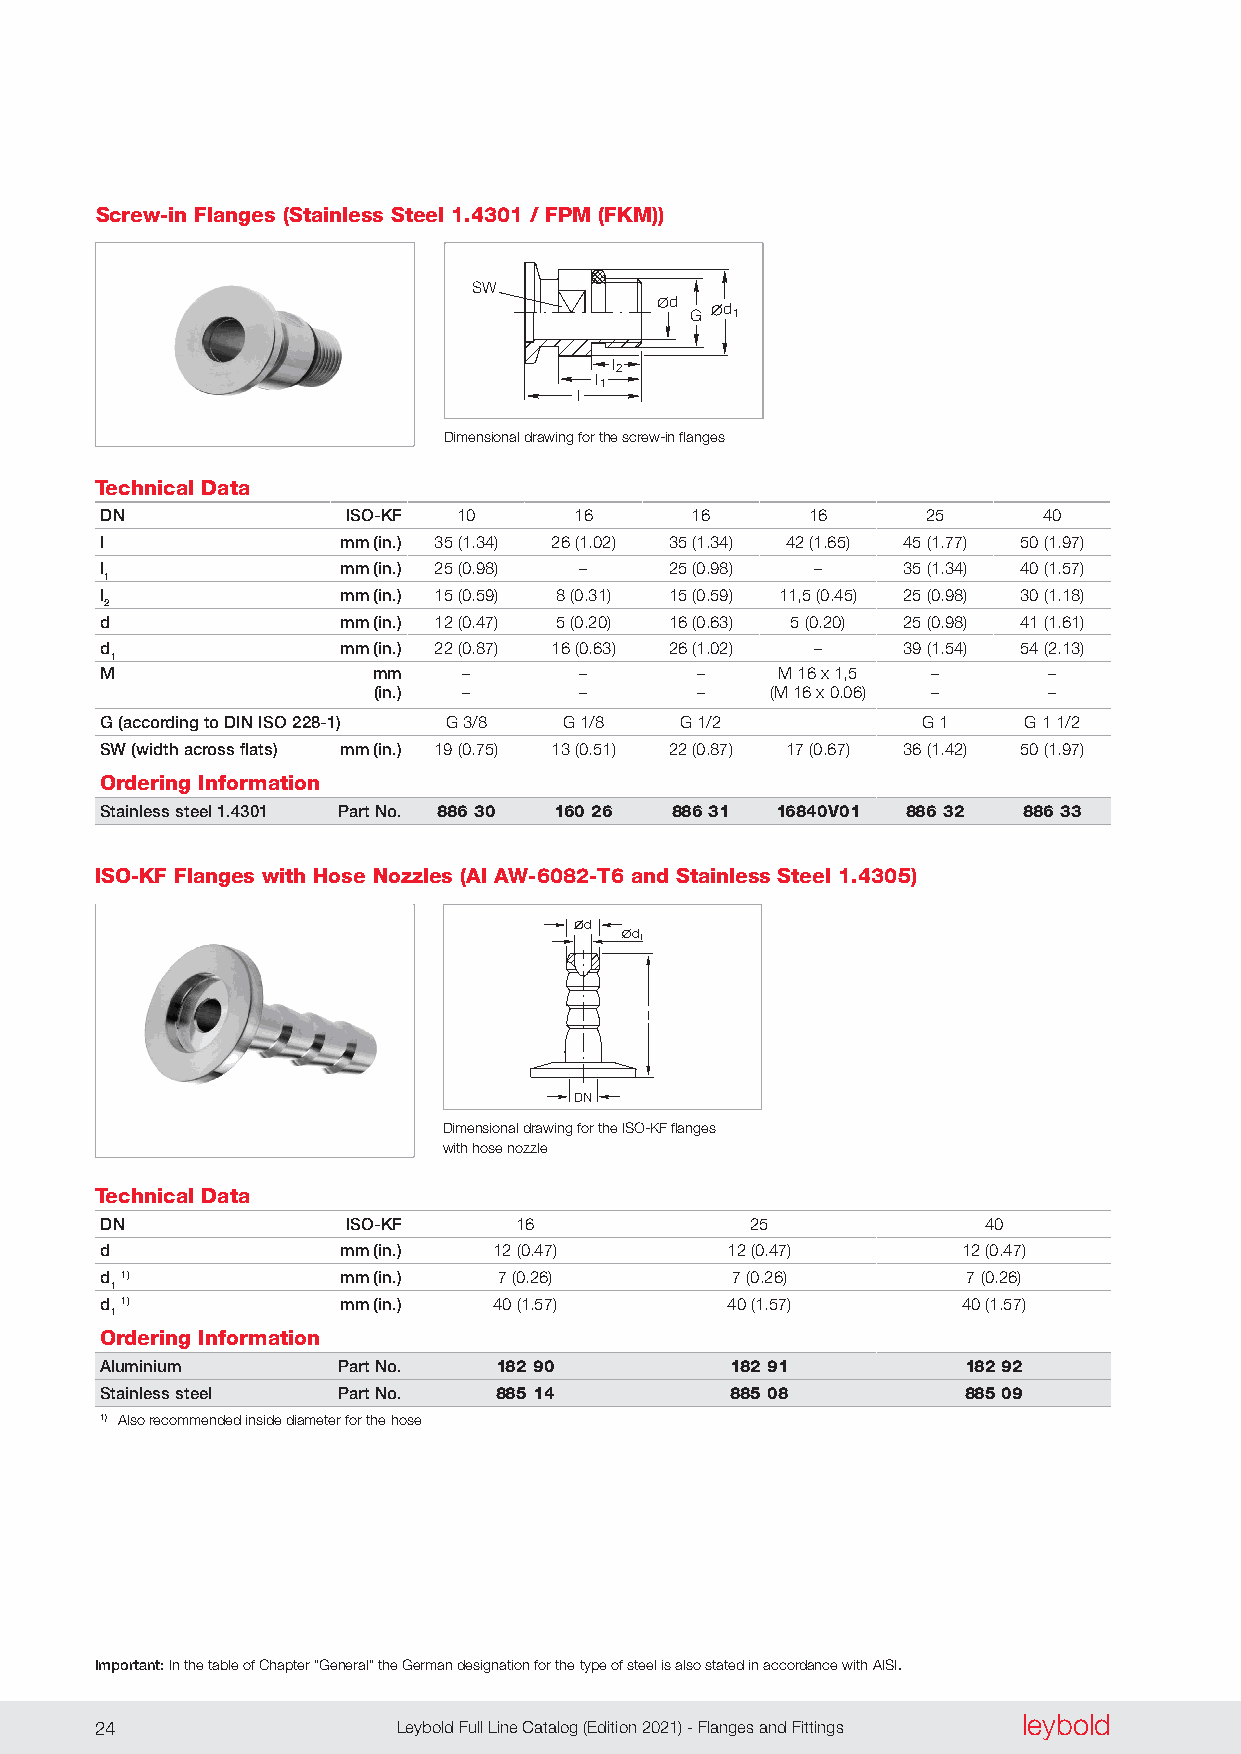
Screw-in Flanges (Stainless Steel 1.4301 / FPM (FKM))
 SW
 d
 G
 d1
 l2
 l1
 l
 Dimensional drawing for the screw-in flanges
 Technical Data
 DN              ISO-KF 10      16      16     16      25      40
 l               mm (in.) 35 (1 .34) 26 (1 .02) 35 (1 .34) 42 (1 .65) 45 (1 .77) 50 (1 .97)
 l               mm (in.) 25 (0 .98) – 25 (0 .98) –   35 (1 .34) 40 (1 .57)
 1
 l               mm (in.) 15 (0 .59) 8 (0 .31) 15 (0 .59) 11,5 (0 .45) 25 (0 .98) 30 (1 .18)
 2
 d               mm (in.) 12 (0 .47) 5 (0 .20) 16 (0 .63) 5 (0 .20) 25 (0 .98) 41 (1 .61)
 d               mm (in.) 22 (0 .87) 16 (0 .63) 26 (1 .02) – 39 (1 .54) 54 (2 .13)
 1
 M                 mm    –      –       –     M 16 x 1,5 –     –
 (in.) –      –       –    (M 16 x 0 .06) –  –
 G (according to DIN ISO 228-1) G 3/8 G 1/8 G 1/2      G 1    G 1 1/2
 SW (width across flats) mm (in.) 19 (0 .75) 13 (0 .51) 22 (0 .87) 17 (0 .67) 36 (1 .42) 50 (1 .97)
 Ordering Information
 Stainless steel 1.4301 Part No. 886 30 160 26 886 31 16840V01 886 32 886 33
 ISO-KF Flanges with Hose Nozzles (Al AW-6082-T6 and Stainless Steel 1.4305)
 d
 d1
 l
 DN
 Dimensional drawing for the ISO-KF flanges
 with hose nozzle
 Technical Data
 DN              ISO-KF     16              25             40
 d               mm (in.)  12 (0 .47)     12 (0 .47)      12 (0 .47)
 d 1)            mm (in.)  7 (0 .26)      7 (0 .26)       7 (0 .26)
 1
 d 1)            mm (in.)  40 (1 .57)     40 (1 .57)      40 (1 .57)
 1
 Ordering Information
 Aluminium      Part No.   182 90         182 91          182 92
 Stainless steel Part No.  885 14         885 08          885 09
 1) Also recommended inside diameter for the hose
 Important: In the table of Chapter “General” the German designation for the type of steel is also stated in accordance with AISI.
 leybold
 24                  Leybold Full Line Catalog (Edition 2021) - Flanges and Fittings